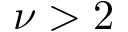
\nu > 2